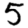
Digit: 5